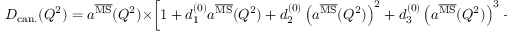
D _ { \mathrm { c a n . } } ( Q ^ { 2 } ) = a ^ { \overline { { \mathrm { M S } } } } ( Q ^ { 2 } ) \times \left[ 1 + d _ { 1 } ^ { ( 0 ) } a ^ { \overline { { \mathrm { M S } } } } ( Q ^ { 2 } ) + d _ { 2 } ^ { ( 0 ) } \left( a ^ { \overline { { \mathrm { M S } } } } ( Q ^ { 2 } ) \right) ^ { 2 } + d _ { 3 } ^ { ( 0 ) } \left( a ^ { \overline { { \mathrm { M S } } } } ( Q ^ { 2 } ) \right) ^ { 3 } + \cdots \right] \ ,